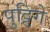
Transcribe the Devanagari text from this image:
पुट्टिगे